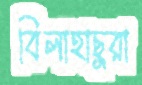
বিলাহাছুরা